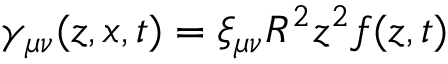
\gamma _ { \mu \nu } ( z , x , t ) = \xi _ { \mu \nu } R ^ { 2 } z ^ { 2 } f ( z , t )